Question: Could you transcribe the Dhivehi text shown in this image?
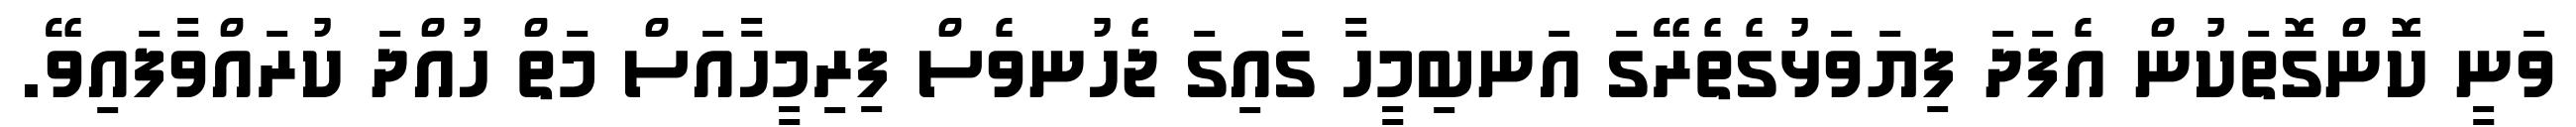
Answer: ވަނީ ކޮންގޮތަކުން އެފަދަ ފިޔަވަޅުގެތެރޭގަ އަނބިމީހާ ގައިގަ ޖެހުނވެސް ފިރިމީހާއަސް މަތް ހުއްދަ ކުރައްވާފައިވޭ.